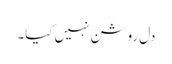
دل روشن نہیں کیا۔